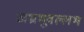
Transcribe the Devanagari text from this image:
अभ्रभूवल्लभ